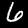
Digit: 6